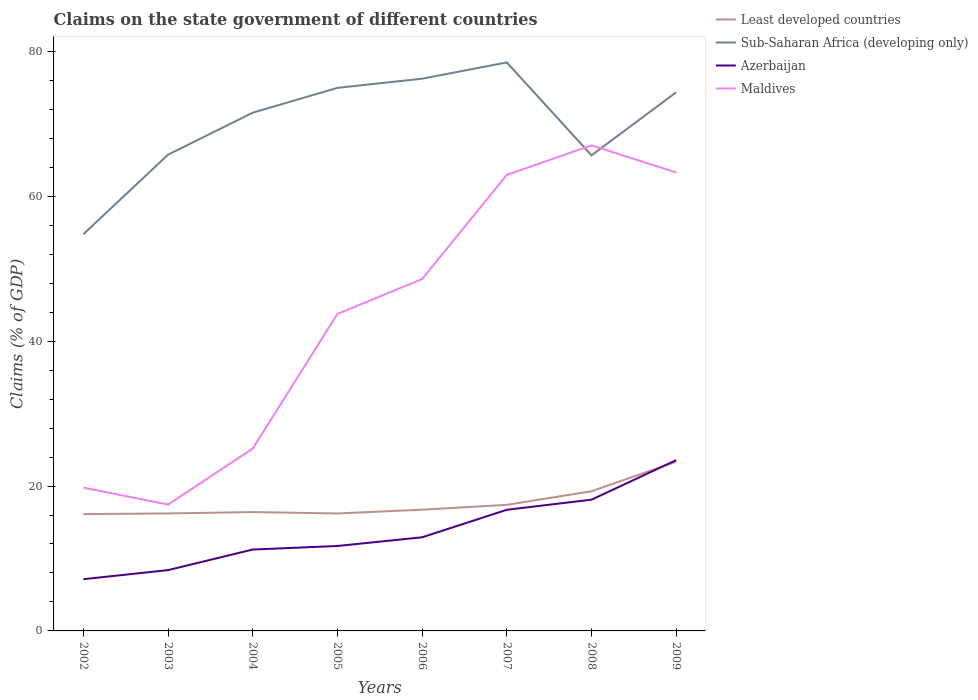
| Years | Least developed countries | Sub-Saharan Africa (developing only) | Azerbaijan | Maldives |
 | --- | --- | --- | --- | --- |
 | 2002 | 16.1 | 54.8 | 7.14 | 19.8 |
 | 2003 | 16.2 | 65.7 | 8.4 | 17.4 |
 | 2004 | 16.4 | 71.5 | 11.2 | 25.2 |
 | 2005 | 16.2 | 75 | 11.7 | 43.8 |
 | 2006 | 16.7 | 76.2 | 12.9 | 48.6 |
 | 2007 | 17.4 | 78.5 | 16.7 | 63 |
 | 2008 | 19.3 | 65.7 | 18.1 | 67 |
 | 2009 | 23.4 | 74.4 | 23.6 | 63.3 |